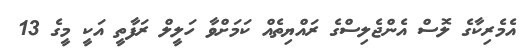
އެމެރިކާގެ ލޮސް އެންޖެލިސްގެ ރައްޔިތެއް ކަމަށްވާ ހަލީލް ރަފާތީ އަކީ މީގެ 13